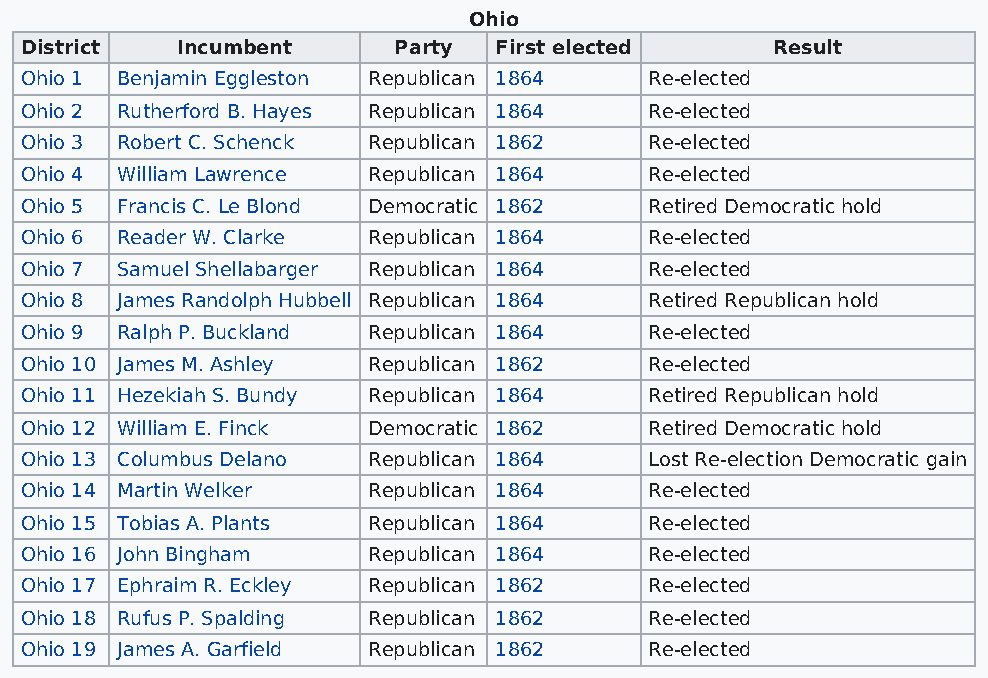
Ohio
 District   Incumbent     Party  First elected     Result
 Ohio 1 Benjamin Eggleston Republican 1864 Re-elected
 Ohio 2 Rutherford B. Hayes Republican 1864 Re-elected
 Ohio 3 Robert C. Schenck Republican 1862  Re-elected
 Ohio 4 William Lawrence Republican 1864   Re-elected
 Ohio 5 Francis C. Le Blond Democratic 1862 Retired Democratic hold
 Ohio 6 Reader W. Clarke Republican 1864   Re-elected
 Ohio 7 Samuel Shellabarger Republican 1864 Re-elected
 Ohio 8 James Randolph Hubbell Republican 1864 Retired Republican hold
 Ohio 9 Ralph P. Buckland Republican 1864  Re-elected
 Ohio 10 James M. Ashley Republican 1862   Re-elected
 Ohio 11 Hezekiah S. Bundy Republican 1864 Retired Republican hold
 Ohio 12 William E. Finck Democratic 1862  Retired Democratic hold
 Ohio 13 Columbus Delano Republican 1864   Lost Re-election Democratic gain
 Ohio 14 Martin Welker  Republican 1864    Re-elected
 Ohio 15 Tobias A. Plants Republican 1864  Re-elected
 Ohio 16 John Bingham   Republican 1864    Re-elected
 Ohio 17 Ephraim R. Eckley Republican 1862 Re-elected
 Ohio 18 Rufus P. Spalding Republican 1862 Re-elected
 Ohio 19 James A. Garfield Republican 1862 Re-elected